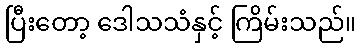
ပြီးတော့ ဒေါသသံနှင့် ကြိမ်းသည်။